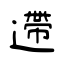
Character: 遰